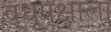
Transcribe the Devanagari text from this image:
वधूपक्षाला